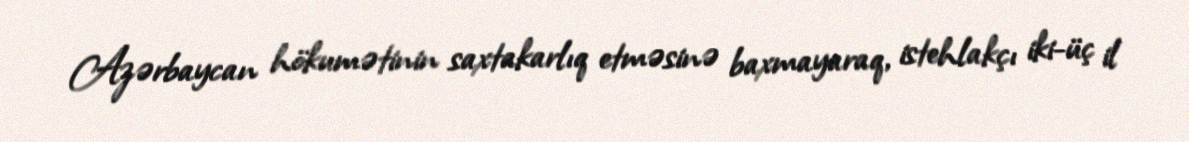
Azərbaycan hökumətinin saxtakarlıq etməsinə baxmayaraq, istehlakçı iki-üç il